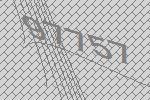
97757